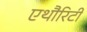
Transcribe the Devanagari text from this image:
एथौरिटी